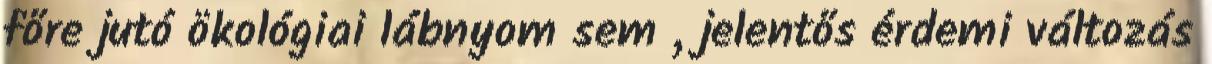
főre jutó ökológiai lábnyom sem , jelentős érdemi változás